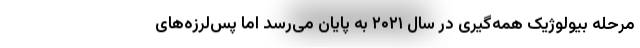
مرحله بیولوژیک همه‌گیری در سال ۲۰۲۱ به پایان می‌رسد اما پس‌لرزه‌های